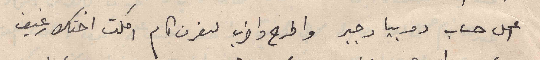
اعمل حساب دوبيا وجبر واطرح واضرب لنعرف كام اكلت اختك رغيف